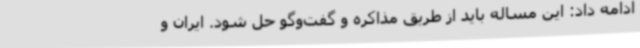
ادامه داد: این مساله باید از طریق مذاکره و گفت‌وگو حل شود. ایران و